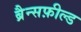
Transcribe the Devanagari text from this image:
ब्रैन्सफ़ील्ड